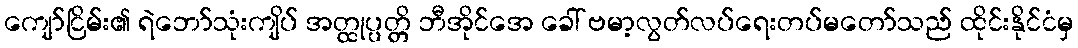
ကျော်ငြိမ်း၏ ရဲဘော်သုံးကျိပ် အတ္ထုပ္ပတ္တိ ဘီအိုင်အေ ခေါ် ဗမာ့လွတ်လပ်ရေးတပ်မတော်သည် ထိုင်းနိုင်ငံမှ